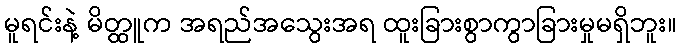
မူရင်းနဲ့ မိတ္ထူက အရည်အသွေးအရ ထူးခြားစွာကွာခြားမှုမရှိဘူး။